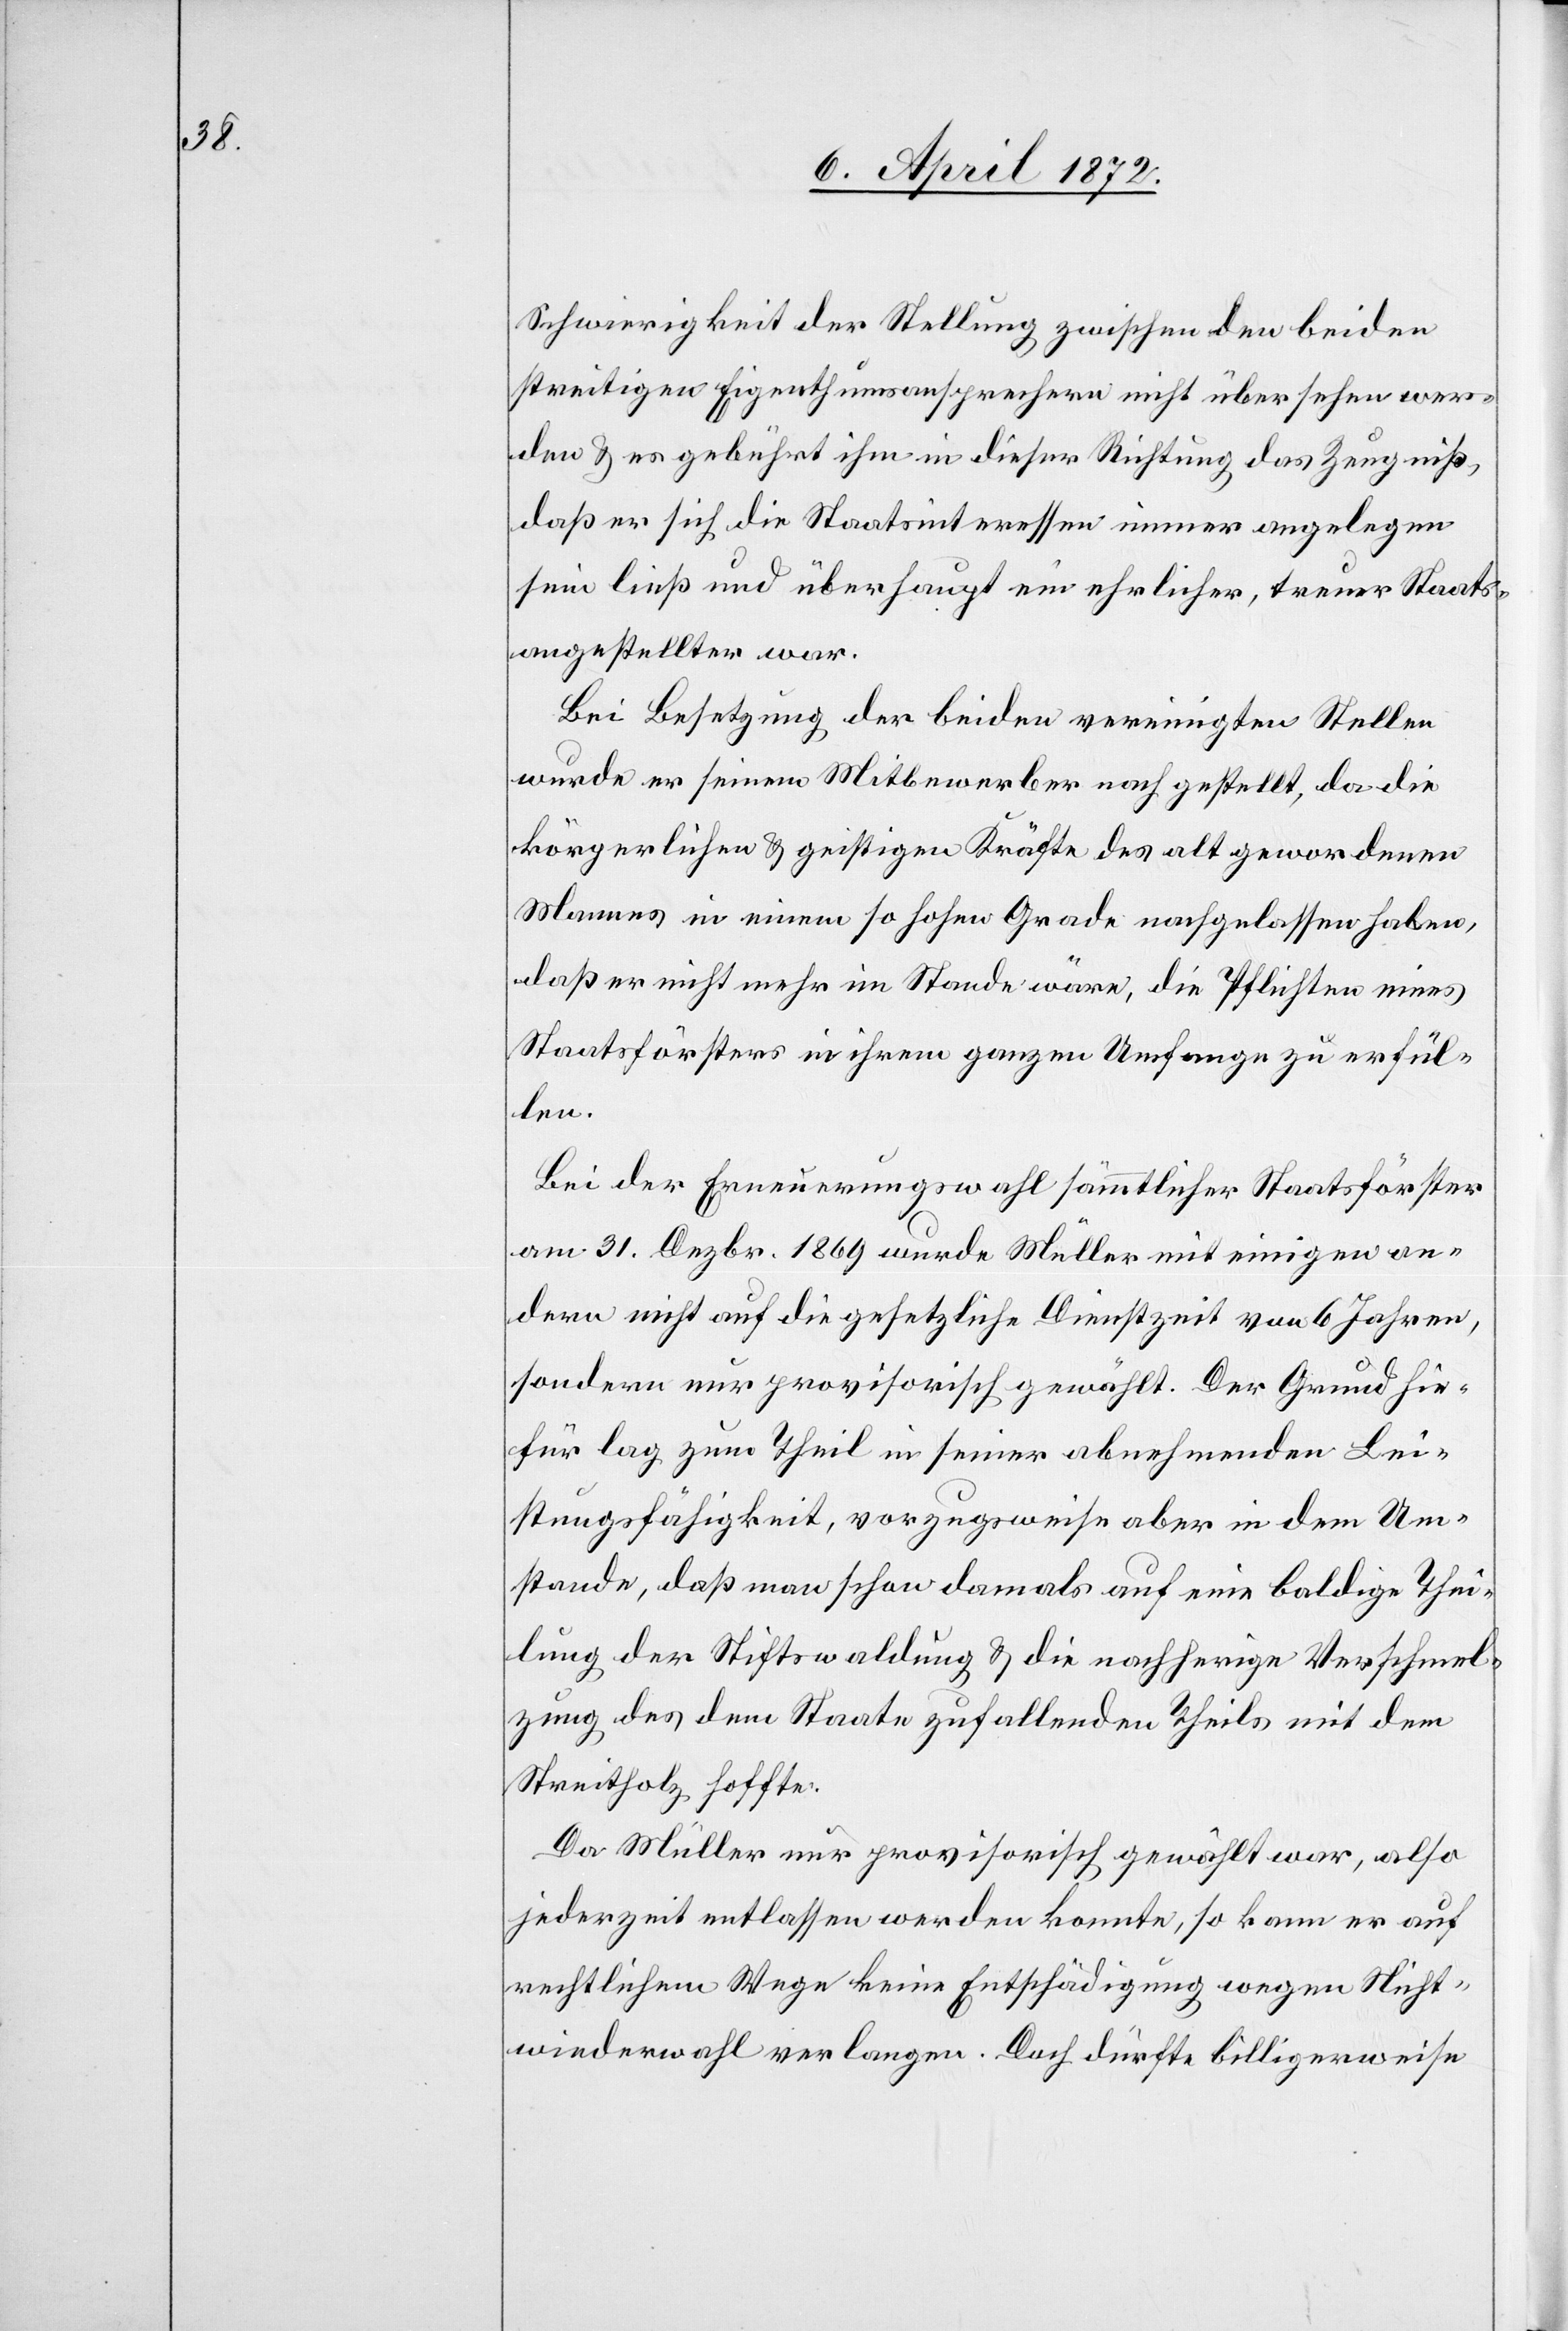
Schwierigkeit der Stellung zwischen den beiden
streitigen Eigenthumsansprechern nicht übersehen wer¬
den u. es gebührt ihm in dieser Richtung das Zeugniß,
daß er sich die Staatsinteressen immer angelegen
sein ließ und überhaupt ein ehrlicher, treuer Staats¬
angestellter war.
Bei Besetzung der beiden vereinigten Stellen
wurde er seinem Mitbewerber nachgestellt, da die
körperlichen u. geistigen Kräfte des alt gewordenen
Mannes in einem so hohen Grade nachgelassen haben,
daß er nicht mehr im Stande wäre, die Pflichten eines
Staatsförsters in ihrem ganzen Umfange zu erfül¬
chmel¬
Bei der Erneuerungswahl sämmtlicher Staatsförster
am 31. Dezbr. 1869 wurde Müller mit einigen an¬
dern nicht auf die gesetzliche Dienstzeit von 6 Jahren,
sondern nur provisorisch gewählt. Der Grund hie¬
für lag zum Theil in seiner abnehmenden Lei¬
stungsfähigkeit, vorzugsweise aber in dem Um¬
stande, daß man schon damals auf baldige Theilung der
zung des dem Staate zufallenden Theils mit dem
Streitholz hoffte.
Da Müller nur provisorisch gewählt war, also
jederzeit entlassen werden konnte, so kann er auf
rechtlichem Wege keine Entschädigung wegen Nicht¬
wiederwahl verlangen. Doch dürfte billigerweise